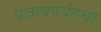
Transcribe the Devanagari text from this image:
पंजाबपर्यंतचा